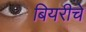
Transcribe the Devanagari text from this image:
बियरीचे